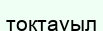
тоқтауыл